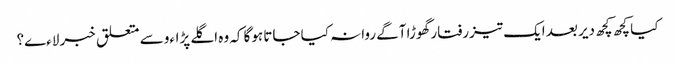
کیا کچھ کچھ دیر بعد ایک تیزرفتار گھوڑا آگے روانہ کیا جاتا ہوگا کہ وہ اگلے پڑاءو سے متعلق خبر لاءے؟